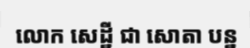
លោក សេដ្ឋី ជា សោតា បន្ន